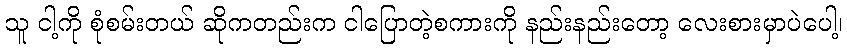
သူ ငါ့ကို စုံစမ်းတယ် ဆိုကတည်းက ငါပြောတဲ့စကားကို နည်းနည်းတော့ လေးစားမှာပဲပေါ့၊